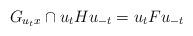
LaTeX: \begin{align*} G_{u_tx}\cap u_tHu_{-t} =u_{t}Fu_{-t} \end{align*}